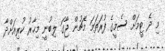
މި ދެ ޓީމަށް ސެމީގެ ފުރަތަމަ މެޗުން ޖާގަ ލިބުނީ މިހާރު ކުރިއަށްދާ